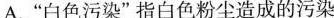
A.”白色污染”指白色粉尘造成的污染